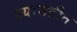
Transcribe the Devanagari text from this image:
ज्यासटीत